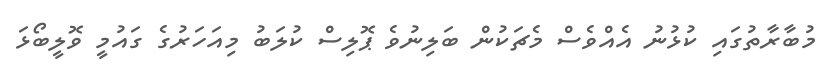
މުބާރާތުގައި ކުޅުނު އެއްވެސް މެޗަކުން ބަލިނުވެ ޕޮލިސް ކުލަބު މިއަހަރުގެ ގައުމީ ވޮލީބޯޅަ